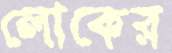
লোকের